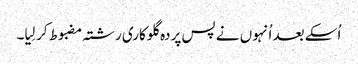
اُسکے بعد اُنہوں نے پس پردہ گلوکاری رشتہ مضبوط کر لِیا۔